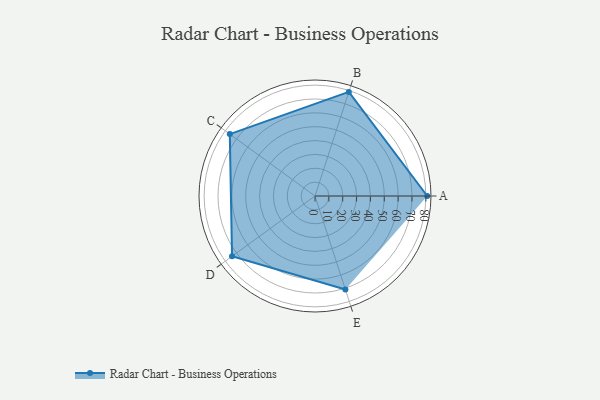
{"axis": {"x": "Skill", "y": "Score"}, "legend": ["Profile"], "data": [{"x": "A", "y": 81.0, "type": "Profile"}, {"x": "B", "y": 79.0, "type": "Profile"}, {"x": "C", "y": 76.0, "type": "Profile"}, {"x": "D", "y": 74.0, "type": "Profile"}, {"x": "E", "y": 71.0, "type": "Profile"}]}